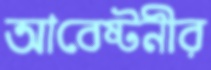
আবেষ্টনীর